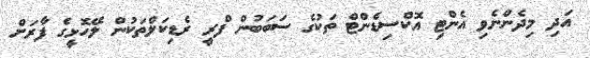
އަދި މިދެންނެވި އެންޓި އޮކްސިޑެންޓް ތަކުގެ ސަބަބުން ފްރީ ރެޑިކަލްތަކުން ލޭހޮޅީގެ ފާރަށް